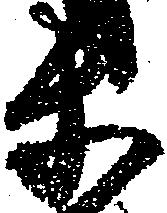
等